Indian journal of veterinary science and animal husbandry - Volume 1,
Year: 1931
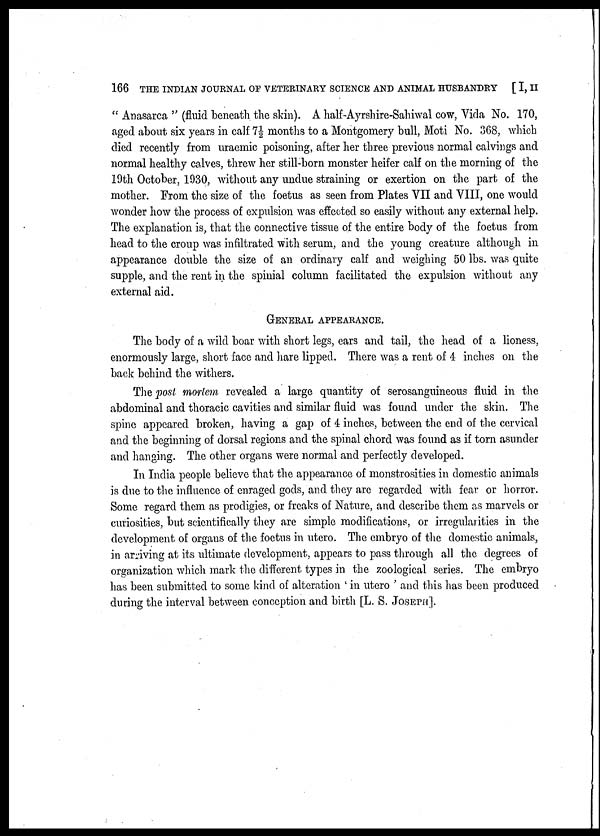
166 THE INDIAN JOURNAL OF VETERINARY SCIENCE AND ANIMAL HUSBANDRY [ I, II
" Anasarca " (fluid beneath the skin). A half-Ayrshire-Sahiwal cow, Vida No. 170,
aged about six years in calf 7½ months to a Montgomery bull, Moti No. 368, which
died recently from uraemic poisoning, after her three previous normal calvings and
normal healthy calves, threw her still-born monster heifer calf on the morning of the
19th October, 1930, without any undue straining or exertion on the part of the
mother. From the size of the foetus as seen from Plates VII and VIII, one would
wonder how the process of expulsion was effected so easily without any external help.
The explanation is, that the connective tissue of the entire body of the foetus from
head to the croup was infiltrated with serum, and the young creature although in
appearance double the size of an ordinary calf and weighing 50 lbs. was quite
supple, and the rent in the spinial column facilitated the expulsion without any
external aid.
GENERAL APPEARANCE.
The body of a wild boar with short legs, ears and tail, the head of a lioness,
enormously large, short face and hare lipped. There was a rent of 4 inches on the
back behind the withers.
The post mortem revealed a large quantity of serosanguineous fluid in the
abdominal and thoracic cavities and similar fluid was found under the skin. The
spine appeared broken, having a gap of 4 inches, between the end of the cervical
and the beginning of dorsal regions and the spinal chord was found as if torn asunder
and hanging. The other organs were normal and perfectly developed.
In India people believe that the appearance of monstrosities in domestic animals
is due to the influence of enraged gods, and they are regarded with fear or horror.
Some regard them as prodigies, or freaks of Nature, and describe them as marvels or
curiosities, but scientifically they are simple modifications, or irregularities in the
development of organs of the foetus in utero. The embryo of the domestic animals,
in arriving at its ultimate development, appears to pass through all the degrees of
organization which mark the different types in the zoological series. The embryo
has been submitted to some kind of alteration ' in utero ' and this has been produced
during the interval between conception and birth [L. S. JOSEPH].